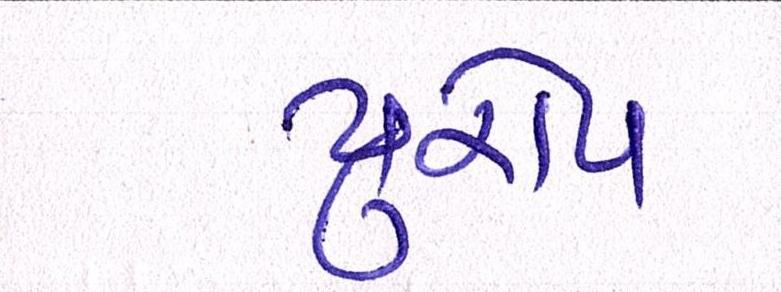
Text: યુરોપ